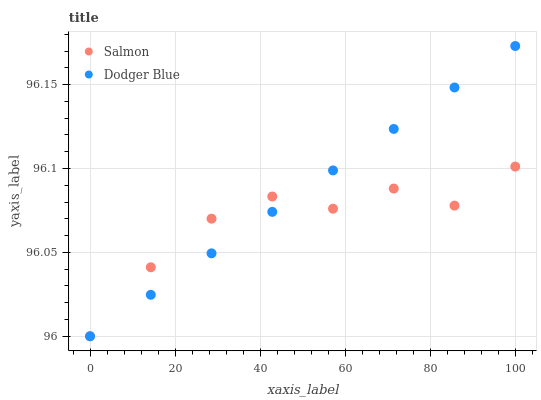
| xaxis_label | Salmon | Dodger Blue |
 | --- | --- | --- |
 | 0 | 96 | 96 |
 | 14.3 | 96 | 96 |
 | 28.6 | 96.1 | 96 |
 | 42.9 | 96.1 | 96.1 |
 | 57.1 | 96.1 | 96.1 |
 | 71.4 | 96.1 | 96.1 |
 | 85.7 | 96.1 | 96.1 |
 | 100 | 96.1 | 96.2 |